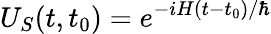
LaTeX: U_{S}(t,t_{0})=e^{-iH(t-t_{0})/\hbar}